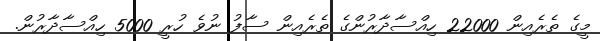
މީގެ ތެރެއިން 22000 ހިއްސާދާރުންގެ ތެރެއިން ސާފު ނުވެ ހުރީ 5000 ހިއްސާދާރުން.